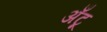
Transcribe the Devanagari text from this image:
अँटू